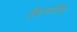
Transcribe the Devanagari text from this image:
शिल्पगौरव